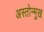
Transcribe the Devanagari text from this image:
अस्तोन्मुख